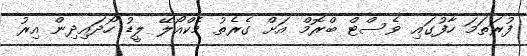
ފުރަތަމަ ހާފުގައި ވެސްޓް ބްރޮމް އަށް ގެރެތު މެކްއޯލޭ ލީޑު ހޯދައިދިން އިރު